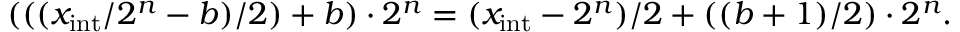
( ( ( x _ { \mathrm { i n t } } / 2 ^ { n } - b ) / 2 ) + b ) \cdot 2 ^ { n } = ( x _ { \mathrm { i n t } } - 2 ^ { n } ) / 2 + ( ( b + 1 ) / 2 ) \cdot 2 ^ { n } .